Report on horse surra - Volume II, Part I
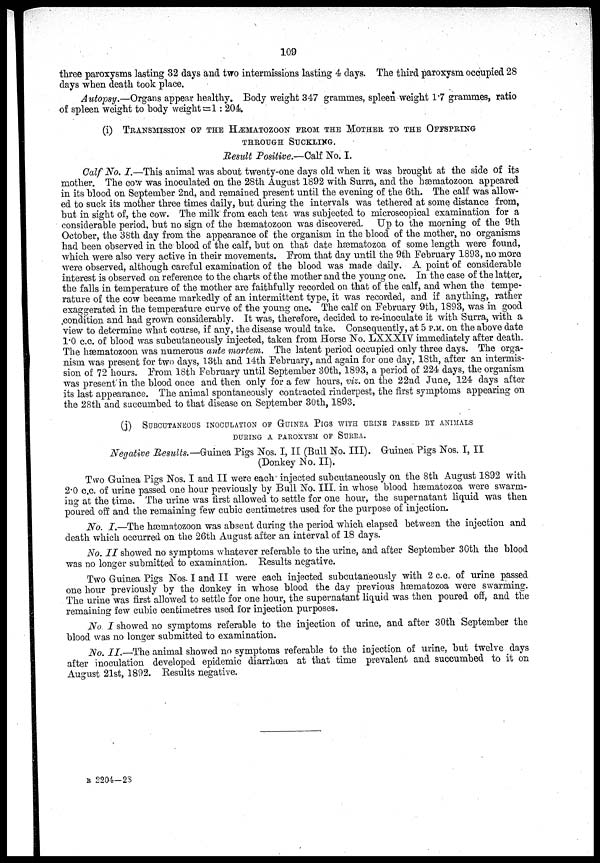
109
three paroxysms lasting 32 days and two intermissions lasting 4 days. The third paroxysm occupied 28
days when death took place.
A utopsy.—Organs appear healthy. Body weight 347 grammes, spleen weight 1.7 grammes, ratio
of spleen weight to body weight =1 : 204.
(i) TRANSMISSION OF THE HÆMATOZOON FROM THE MOTHER TO THE O
THROUGH SUCKLING.
Result Positive.—Calf No. I.
Calf No. I.—This animal was about twenty-one days old when it was brought at the side of its
mother. The cow was inoculated on the 28th August 1892 with Surra, and the hæmatozoon appeared
in its blood on September 2nd, and remained present until the evening of the 6th. The calf was allow-
ed to suck its mother three times daily, but during the intervals was tethered at some distance from,
but in sight of, the cow. The milk from each teat was subjected to microscopical examination for a
considerable period, but no sign of the hæmatozoon was discovered. Up to the morning of the 9th
October, the 38th day from the appearance of the organism in the blood of the mother, no organisms
had been observed in the blood of the calf, but on that date hæmatozoa of some length were found,
which were also very active in their movements. From that day until the 9th February 1893, no more
were observed, although careful examination of the blood was made daily. A point of considerable
interest is observed on reference to the charts of the mother and the young one. In the case of the latter,
the falls in temperature of the mother are faithfully recorded on that of the calf, and when the tempe-
rature of the cow became markedly of an intermittent type, it was recorded, and if anything, rather
exaggerated in the temperature curve of the young one. The calf on February 9th, 1893, was in good
condition and had grown considerably. It was, therefore, decided to re-inoculate it with Surra, with a
view to determine what course, if any, the disease would take. Consequently, at 5 P.M. on the above date
1.0 c.c. of blood was subcutaneously injected, taken from Horse No. LXXXIV immediately after death.
The hæmatozoon was numerous ante mortem. The latent period occupied only three days. The orga-
nism was present for two days, 13th and 14th February, and again for one day, 18th, after an intermis-
sion of 72 hours. From 18th February until September 30th, 1893, a period of 224 days, the organism
was present in the blood once and then only for a few hours, viz. on the 22nd June, 124 days after
its last appearance. The animal spontaneously contracted rinderpest, the first symptoms appearing on
the 28th and succumbed to that disease on September 30th, 1893.
(j) SUBCUTANEOUS INOCULATION OF GUINEA PIGS WITH URINE PASSED BY ANIMALS
DURING A PAROXYSM OF SURRA.
Negative Results.—Guinea Pigs Nos. I, II (Bull No. III). Guinea Pigs Nos. I, II
(Donkey No. II).
Two Guinea Pigs Nos. I and II were each injected subcutaneously on the 8th August 1892 with
2.0 c.c. of urine passed one hour previously by Bull No. III. in whose blood hæmatozoa were swarm-
ing at the time. The urine was first allowed to settle for one hour, the supernatant liquid was then
poured off and the remaining few cubic centimetres used for the purpose of injection.
No. I.—The hæmatozoon was absent during the period which elapsed between the injection and
death which occurred on the 26th August after an interval of 18 days.
No. II showed no symptoms whatever referable to the urine, and after September 30th the blood
was no longer submitted to examination. Results negative.
Two Guinea Pigs Nos. I and II were each injected subcutaneously with 2 c.c. of urine passed
one hour previously by the donkey in whose blood the day previous hæmatozoa were swarming.
The urine was first allowed to settle for one hour, the supernatant liquid was then poured off, and the
remaining few cubic centimetres used for injection purposes.
No I showed no symptoms referable to the injection of urine, and after 30th September the
blood was no longer submitted to examination.
No. II.—The animal showed no symptoms referable to the injection of urine, but twelve days
after inoculation developed epidemic diarrhœa at that time prevalent and succumbed to it on
August 21st, 1892. Results negative.
B 2204—28